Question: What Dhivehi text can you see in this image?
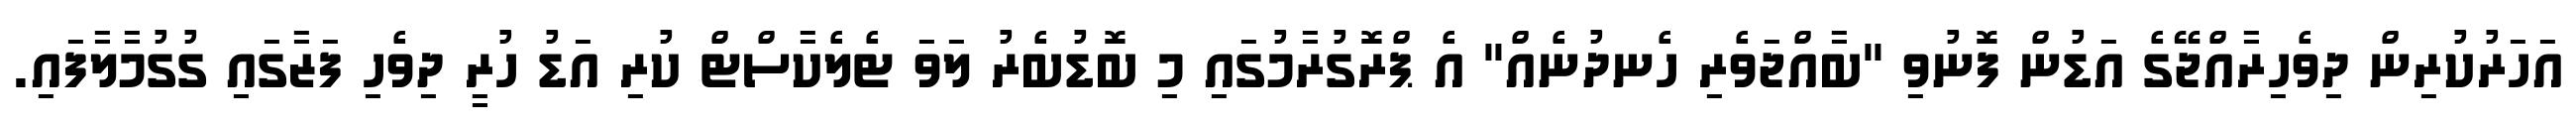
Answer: އަހަރުކުރިން ދިވެހިރާއްޖޭގެ އަޑުން ފޮނުވި "ބާއްޖަވެރި ހެނދުނެއް" އެ ޕްރޮގުރާމުގައި މި ބޮޑުބެރު ލަވަ ޓެލެކާސްޓް ކުރި އަޑު ހުރީ ދިވެހި ފަޒާގައި ގުގުމާލާފައި.